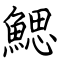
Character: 鰓